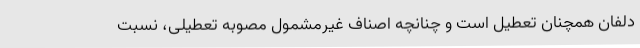
دلفان همچنان تعطیل است و چنانچه اصناف غیرمشمول مصوبه تعطیلی، نسبت